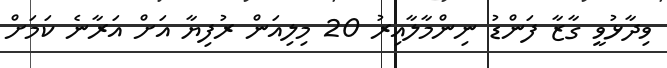
ވިދާޅުވީ ގާޒާ ފަންޑު ނިންމާލާއިރު 20 މިލިއަން ރުފިޔާ އަށް އަރާނެ ކަމަށް